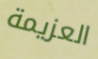
العزيمة